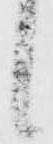
候